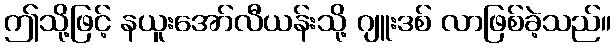
ဤသို့ဖြင့် နယူးအော်လီယန်းသို့ ဂျူးဒစ် လာဖြစ်ခဲ့သည်။